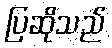
ပြဆိုသည်